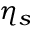
\eta _ { s }